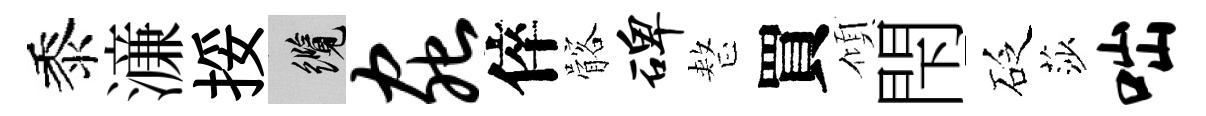
黍濓挼纜虫倅髂碑整買傾閇砭莎咄